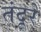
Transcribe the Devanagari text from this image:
तंदूरे